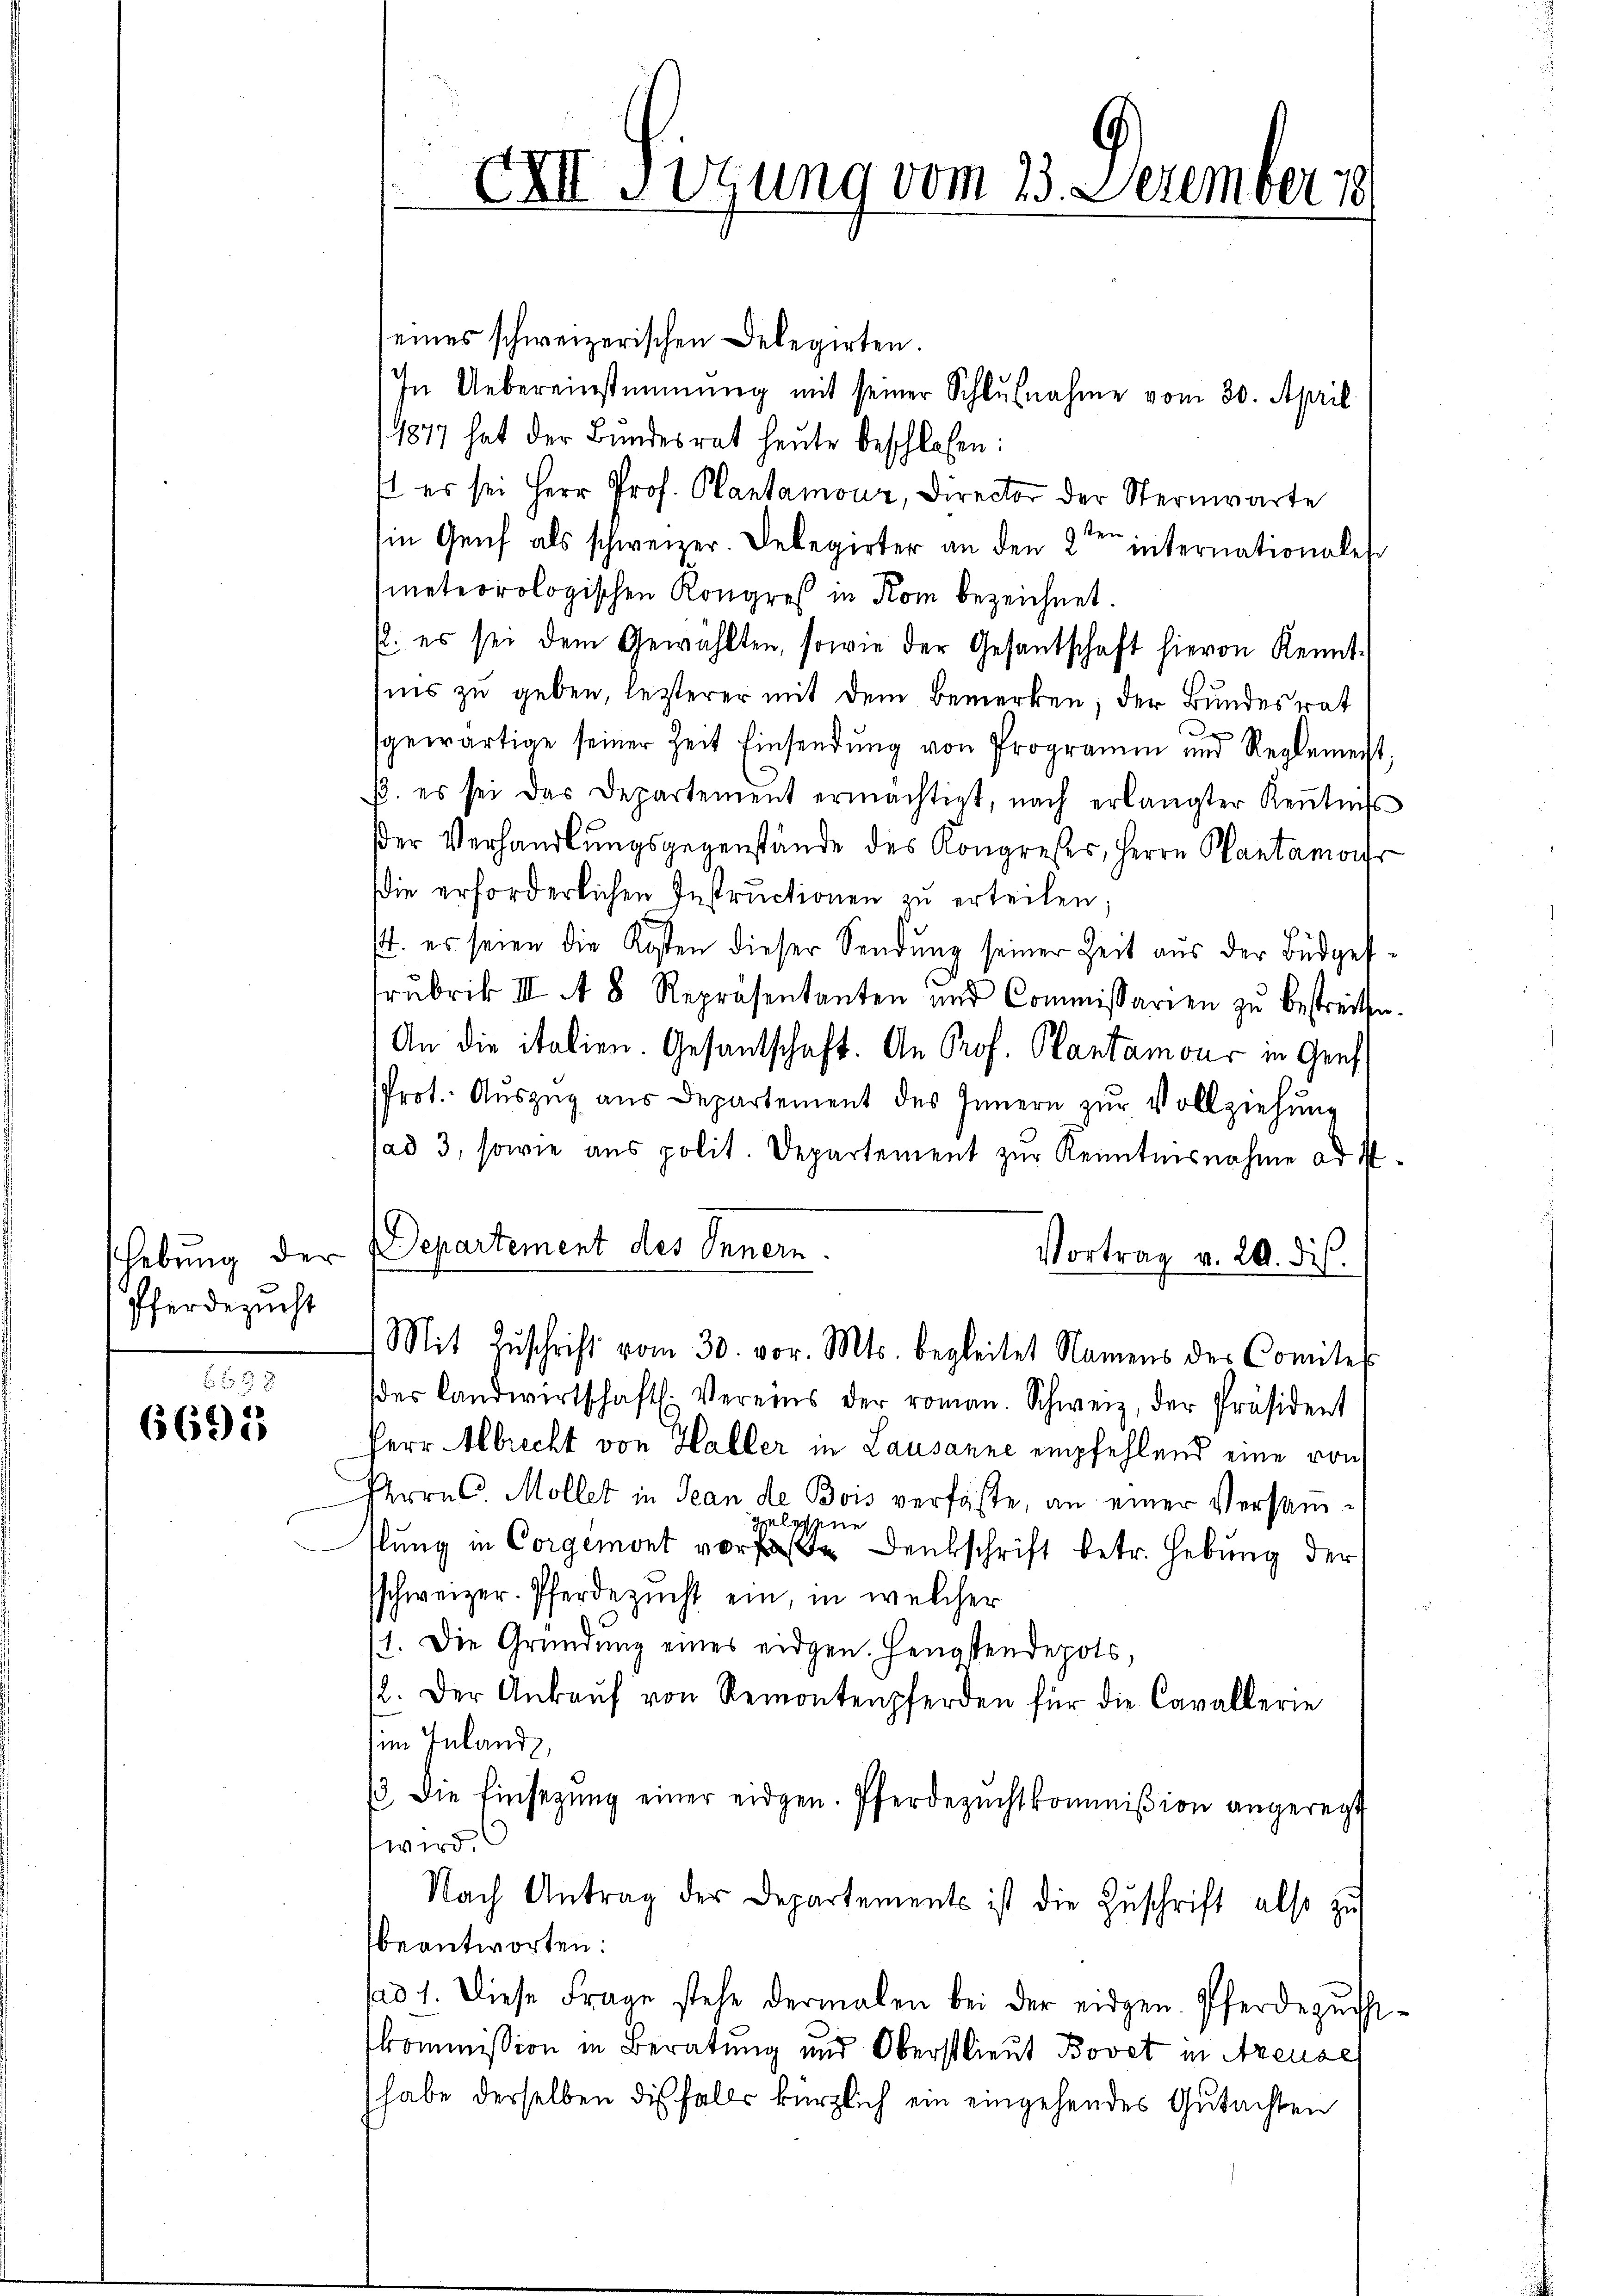
Hebung der
Pferdezucht

f 9 x
6695

XIII. Sitzung vom 23. Dezember 189

eines schweizerischen Delegirten.
In Uebereinstimmung mit seiner Schlußnahme vom 30. April
1877 hat der Bundesrat heute beschlossen:
 es sei Herr Prof. Plantamour, Director der Sternwarte
Ein Genf als schweizer. Delegirter an den 2ten internationales
meteorologischen Kongreß in Rom bezeichnet.
/. es sei dem Gewählten, sowie der Gesantschaft hievon Kenntsins zu geben, lezterer mit dem Bemerken, der Bundesrat

gewärtige seiner Zeit Einsendung von Programm und Reglement,
β. es sei das Departement ermächtigt, nach erlangter Keṅtniβ
der Verhandlungsgegenstände des Kongresses, Herrn Pantamour
Die erforderlichen Instructionen zŭ erteilen;
st. es seien die Kosten dieser Sendung seiner Zeit aus der Büdgefrubrik III A 8 Repräsentanten und Commissarien zŭ bestreiten.
An die italien. Gesantschaft. An Prof. Plantamour in Genf
Prot. Auszug aus Departement des Innern zur Vollziehung
ad 3, sowie aus polit. Departement zur Kenntnisnahme ad 1.
Departement des Innern.
Vortrag v. 20. dis
Mit Zŭschrift vom 30. vor. Mts. begleitet Namens der Comite
der landwirtschaftl. Vereins der roman. Schweiz, der Präsident
Herr Abrecht von Haller in Lausanne empfehlend eine von
Herrn C. Möller in Jean de Bois verfäste, an einer Versamlesene
tlung in Corgemont vore Denkschrift betr. Hebung der
schweizer. Pferdezucht ein, in welcher
s
1. Die Gründŭng eines eidgen. Hengstendepots,
12. Der Ankaŭf von Remontenpferden für die Cavallerie
im Inland,
/3. die Einsetzŭng einer eidgen. Pferdezŭcht kommißion angeregt
wird.
Nach Antrag der Departements ist die Zŭschrift also zu
beantworten:
sad 1. Diese Frage stehe dermalen bei der eidgen. Pferdegess-
kommission in Beratung und Oberstlieut. Bovet in Areuse
habe derselben diesfalls kürzlich ein eingehendes Gutachten